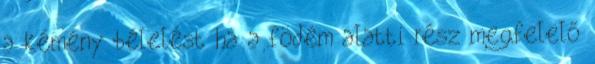
a kémény bélelést ha a födém alatti rész megfelelő